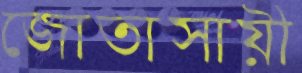
জোতাসায়ী